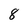
Character: 8